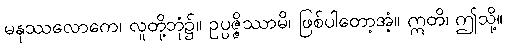
မနုဿလောကေ၊ လူတို့ဘုံ၌။ ဥပ္ပဇ္ဇိဿာမိ၊ ဖြစ်ပါတော့အံ့။ ဣတိ၊ ဤသို့။